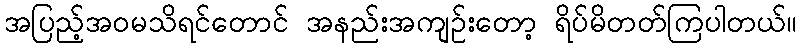
အပြည့်အဝမသိရင်တောင် အနည်းအကျဉ်းတော့ ရိပ်မိတတ်ကြပါတယ်။